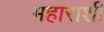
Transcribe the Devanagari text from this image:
महाराशी